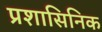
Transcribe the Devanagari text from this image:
प्रशासिनिक